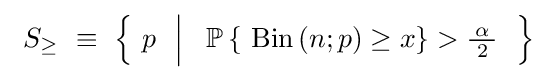
~S_{\geq }~\equiv ~\left\{~p~~{\Big |}~~\operatorname {\mathbb {P} } \left\{~\operatorname {Bin} \left(n;p\right)\geq x\right\}>{\tfrac {\!\ \alpha \!\ }{2}}~~\right\}\